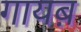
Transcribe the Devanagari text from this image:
गायब़